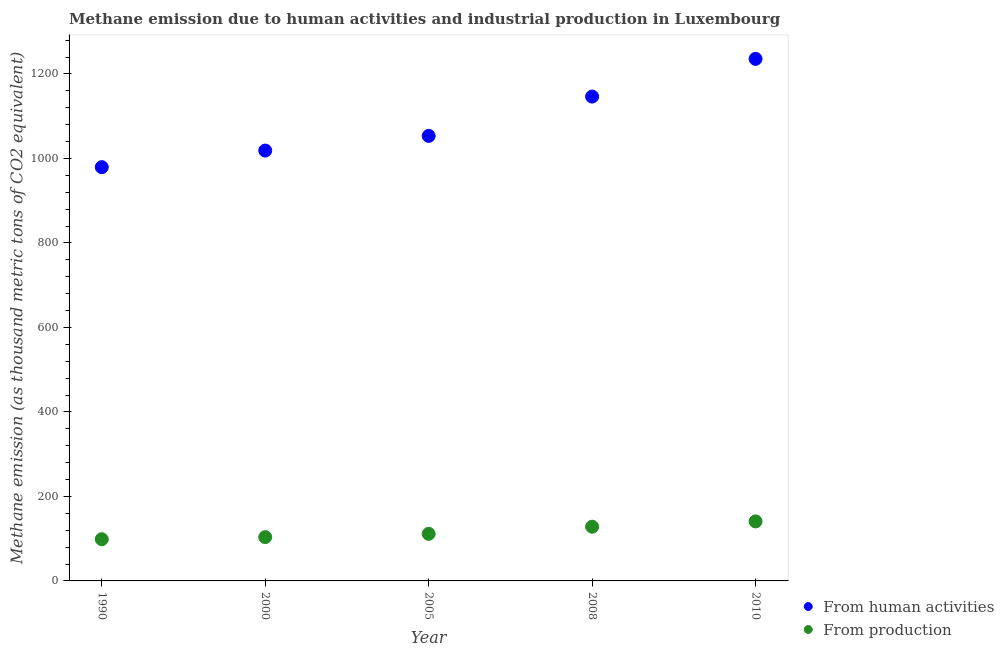
| Year | From human activities | From production |
 | --- | --- | --- |
 | 1990 | 979 | 98.7 |
 | 2000 | 1.02e+03 | 104 |
 | 2005 | 1.05e+03 | 112 |
 | 2008 | 1.15e+03 | 128 |
 | 2010 | 1.24e+03 | 141 |